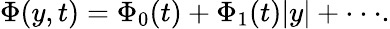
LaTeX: \Phi(y,t)=\Phi_{0}(t)+\Phi_{1}(t)\vert y\vert+\cdot\cdot\cdot.